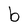
Character: b